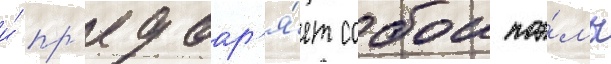
и́ пр'едвар'я́ет собои поэ́мы